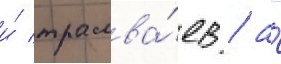
и́ трамва́ев / а́